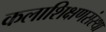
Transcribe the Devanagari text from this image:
कलाशिक्षणसंस्था